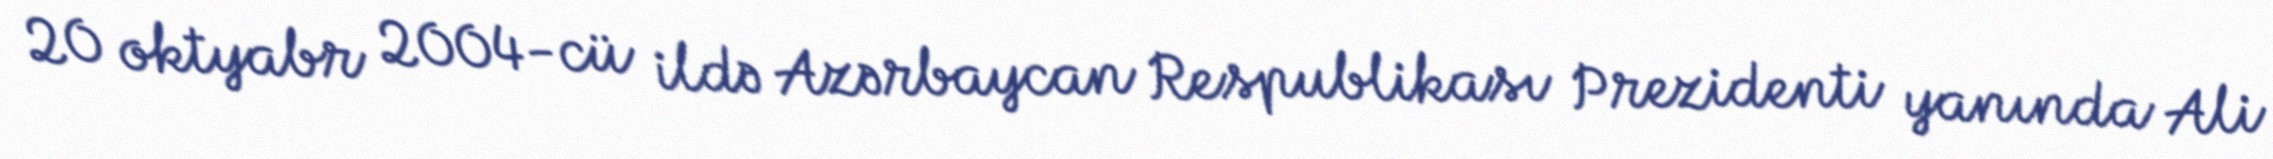
20 oktyabr 2004-cü ildə Azərbaycan Respublikası Prezidenti yanında Ali